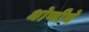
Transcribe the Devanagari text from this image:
धोणीचे